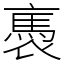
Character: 褭